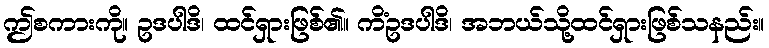
ဤစကားကို။ ဥဒပါဒိ၊ ထင်ရှားဖြစ်၏။ ကိံဥဒပါဒိ၊ အဘယ်သို့ထင်ရှားဖြစ်သနည်း။